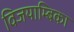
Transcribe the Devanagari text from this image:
विजयाम्बिका